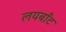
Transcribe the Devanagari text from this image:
लयबाँट